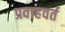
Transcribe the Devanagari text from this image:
प्रवाहवर्त